Civil Veterinary Department Bengal reports 1923-33 - 1923-1933
Year: 1923
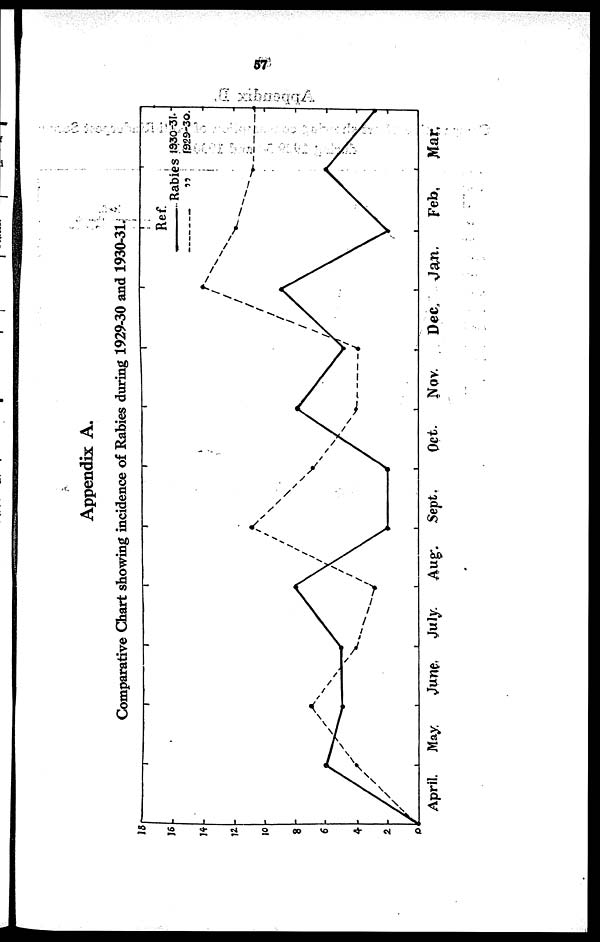
Appendix A.
Comparative Chart showing incidence of Rabies during 1929-30 and 1930-31.